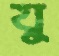
যু